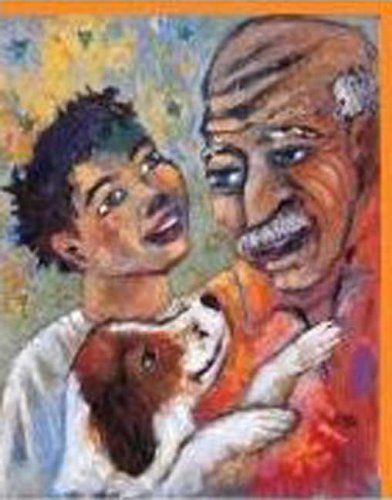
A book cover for The Developing Person Through the Life Span; Kathleen Stassen Berger; Medical Books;